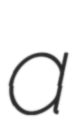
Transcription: a